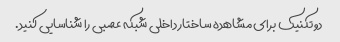
دو تکنیک برای مشاهده ساختار داخلی شبکه عصبی را شناسایی کنید.